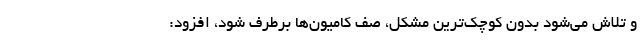
و تلاش می‌شود بدون کوچک‌ترین مشکل، صف کامیون‌ها برطرف شود، افزود: